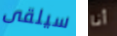
سيلقى أنا